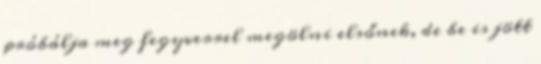
próbálja meg fegyverrel megölni elsőnek, de be is jött